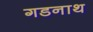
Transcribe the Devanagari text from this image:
गडनाथ